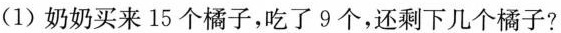
(1) 奶奶买来 15 个橘子，吃了 9 个，还剩下几个橘子?